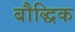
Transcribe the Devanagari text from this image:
बौद्धिक